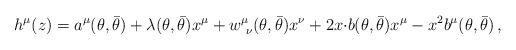
LaTeX: \begin{align*}h^{\mu}(z)=a^{\mu}(\theta,\bar{\theta})+\lambda(\theta,\bar{\theta})x^{\mu}+w^{\mu}_{~\nu}(\theta,\bar{\theta})x^{\nu}+2x{\cdot b}(\theta,\bar{\theta})x^{\mu}-x^{2}b^{\mu}(\theta,\bar{\theta})\,,\end{align*}